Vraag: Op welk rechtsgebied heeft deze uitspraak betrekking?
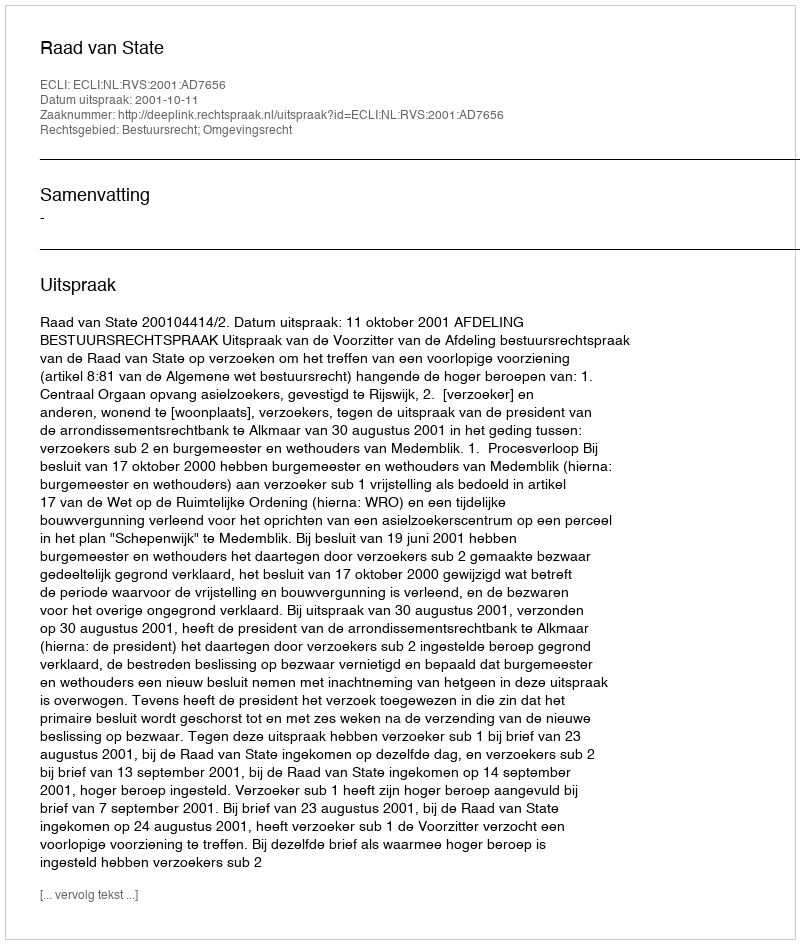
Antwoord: Bestuursrecht; Omgevingsrecht